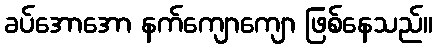
ခပ်အောအော နက်ကျောကျော ဖြစ်နေသည်။